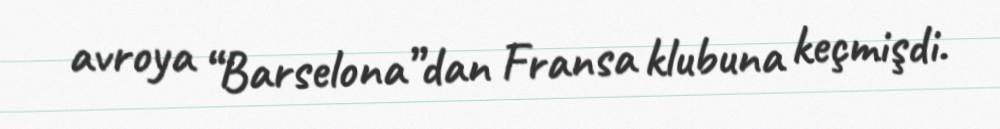
avroya “Barselona”dan Fransa klubuna keçmişdi.